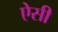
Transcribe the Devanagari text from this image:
ऐेसी